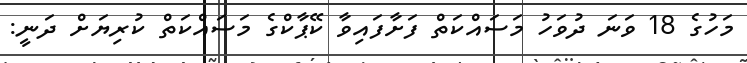
މަހުގެ 18 ވަނަ ދުވަހު މަސައްކަތް ފަށާފައިވާ ކޭޕާކްގެ މަސައްކަތް ކުރިޔަށް ދަނީ: